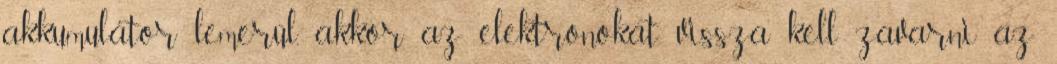
akkumulátor lemerül, akkor az elektronokat vissza kell zavarni az